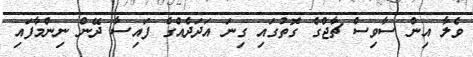
ވެލާ އިން ސާވިސް ޗާޖްގެ ގޮތުގައި ގިނަ އަދަދެއްގެ ފައިސާ ދޭން ނިންމާފައި